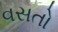
વસતો